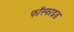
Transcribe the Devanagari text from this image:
फॉस्फाइड